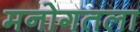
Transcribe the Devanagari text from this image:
मनोगतला